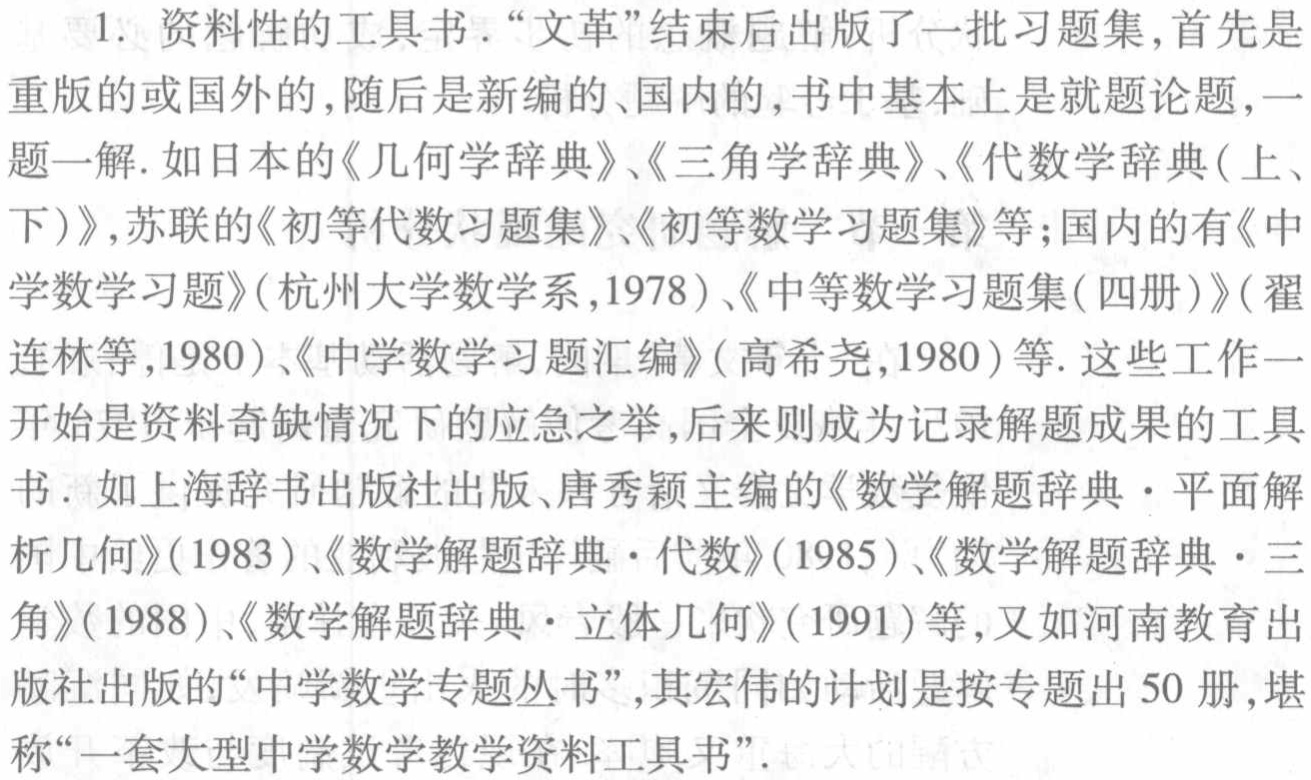
1. 资料性的工具书.“文革”结束后出版了一批习题集,首先是
重版的或国外的,随后是新编的、国内的,书中基本上是就题论题,一
题一解.如日本的《几何学辞典》、《三角学辞典》、《代数学辞典(上、
下)》,苏联的《初等代数习题集》、《初等数学习题集》等;国内的有《中
学数学习题》(杭州大学数学系,1978)、《中等数学习题集(四册)》(翟
连林等,1980)、《中学数学习题汇编》(高希尧,1980)等. 这些工作一
开始是资料奇缺情况下的应急之举,后来则成为记录解题成果的工具
书. 如上海辞书出版社出版、唐秀颖主编的《数学解题辞典·平面解
析几何》(1983)、《数学解题辞典·代数》(1985)、《数学解题辞典·三
角》(1988)、《数学解题辞典·立体几何》(1991)等,又如河南教育出
版社出版的“中学数学专题丛书”,其宏伟的计划是按专题出 50 册,堪
称“一套大型中学数学教学资料工具书”.